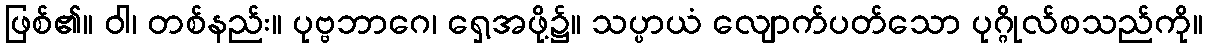
ဖြစ်၏။ ဝါ၊ တစ်နည်း။ ပုဗ္ဗဘာဂေ၊ ရှေ့အဖို့၌။ သပ္ပာယံ လျောက်ပတ်သော ပုဂ္ဂိုလ်စသည်ကို။